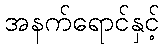
အနက်ရောင်နှင့်